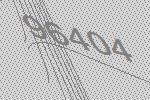
96404